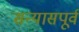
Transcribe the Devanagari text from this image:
सन्यासपूर्व